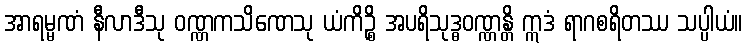
အာရမ္မဏံ နီလာဒီသု ဝဏ္ဏကသိဏေသု ယံကိဉ္စိ အပရိသုဒ္ဓဝဏ္ဏန္တိ ဣဒံ ရာဂစရိတဿ သပ္ပါယံ။